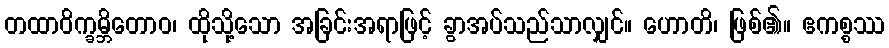
တထာဝိက္ခမ္ဘိတောဝ၊ ထိုသို့သော အခြင်းအရာဖြင့် ခွာအပ်သည်သာလျှင်။ ဟောတိ၊ ဖြစ်၏။ ဧကစ္စဿ